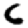
Digit: 6